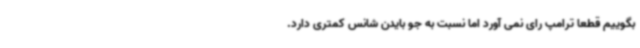
بگوییم قطعا ترامپ رای نمی آورد اما نسبت به جو بایدن شانس کمتری دارد.